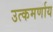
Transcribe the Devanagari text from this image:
उत्कमर्णाय